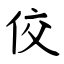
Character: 佼